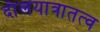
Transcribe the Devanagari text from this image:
दोलयात्रातत्व